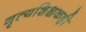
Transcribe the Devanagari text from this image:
नृत्यशिक्षकही